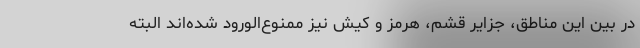
در بین این مناطق، جزایر قشم، هرمز و کیش نیز ممنوع‌الورود شده‌اند البته